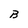
Character: B